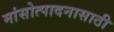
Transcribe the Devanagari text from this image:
मांसोत्पादनासाठी